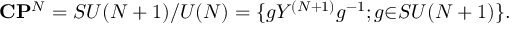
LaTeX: { \bf C } { \bf P } ^ { N } = S U ( N + 1 ) / { U ( N ) } = \{ g Y ^ { ( N + 1 ) } g ^ { - 1 } ; g { \in } S U ( N + 1 ) \} .